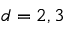
d = 2 , 3